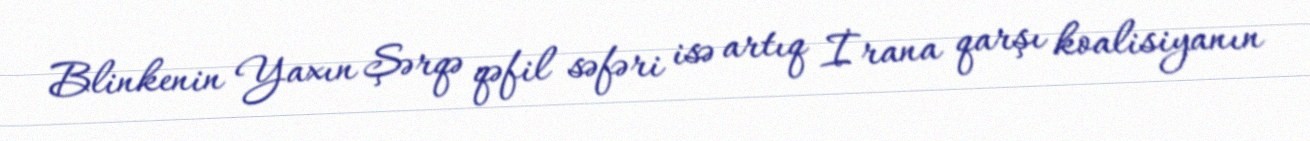
Blinkenin Yaxın Şərqə qəfil səfəri isə artıq İrana qarşı koalisiyanın